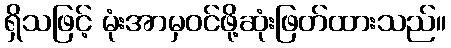
ရှိသဖြင့် မုံးအာမှဝင်ဖို့ဆုံးဖြတ်ထားသည်။